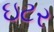
ઇટર